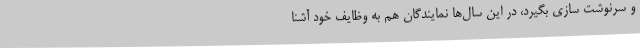
و سرنوشت سازی بگیرد، در این سال‌ها نمایندگان هم به وظایف خود آشنا